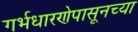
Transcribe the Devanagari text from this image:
गर्भधारणेपासूनच्या